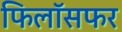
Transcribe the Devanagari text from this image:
फिलॉसफर